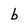
Character: b